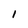
Character: I